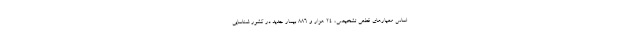
اساس معیارهای قطعی تشخیصی، ۲۴ هزار و ۸۸۶ بیمار جدید در کشور شناسایی